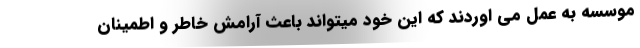
موسسه به عمل می اوردند که این خود میتواند باعث آرامش خاطر و اطمینان